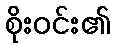
စိုးဝင်း၏